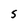
Character: S